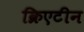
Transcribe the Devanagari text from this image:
क्रिएटीन